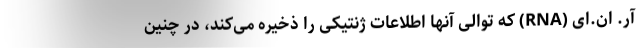
آر. ان.ای (RNA) که توالی آنها اطلاعات ژنتیکی را ذخیره می‌کند، در چنین